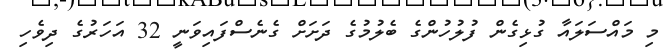
މި މައްސަލައާ ގުޅިގެން ފުލުހުންގެ ބެލުމުގެ ދަށަށް ގެނެސްފައިވަނީ 32 އަހަރުގެ ދިވެހި